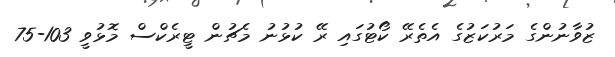
ޒުވާނުންގެ މަރުކަޒުގެ އެތެރޭ ކޯޓުގައި ރޭ ކުޅުނު މެޗުން ޓީރެކްސް މޮޅުވީ 103-75